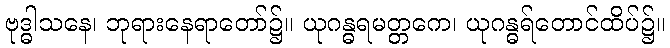
ဗုဒ္ဓါသနေ၊ ဘုရားနေရာတော်၌။ ယုဂန္ဓရမတ္တကေ၊ ယုဂန္ဓရ်တောင်ထိပ်၌။